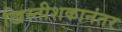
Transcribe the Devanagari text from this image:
ख्रिस्तीशकानंतर